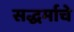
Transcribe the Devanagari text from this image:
सद्धर्माचे